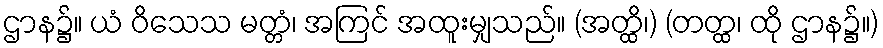
ဌာန၌။ ယံ ဝိသေသ မတ္တံ၊ အကြင် အထူးမျှသည်။ (အတ္ထိ၊) (တတ္ထ၊ ထို ဌာန၌။)